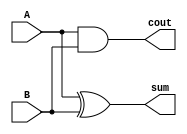
module ha(sum,cout,A,B);
  output sum,cout;
  input A,B;
  
  wire sum,cout;
 
  
  xor G1 (sum,A,B);
  and G2 (cout,A,B);
  
endmodule